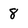
Character: 8